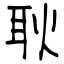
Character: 耿